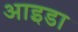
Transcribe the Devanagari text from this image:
आइडा